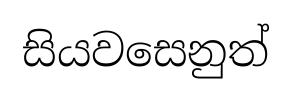
සියවසෙනුත්